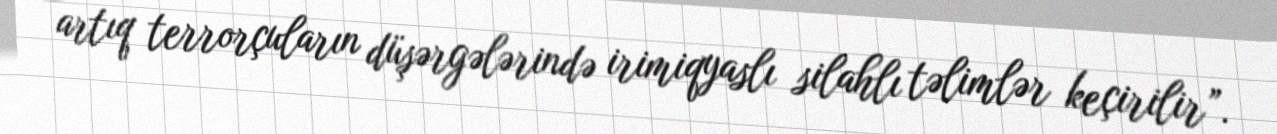
artıq terrorçuların düşərgələrində irimiqyaslı silahlı təlimlər keçirilir”.